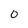
Character: 0